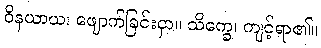
ဝိနယာယ၊ ဖျောက်ခြင်းငှာ။ သိက္ခေ၊ ကျင့်ရာ၏။